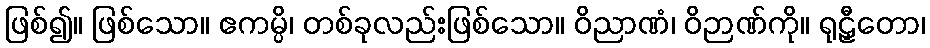
ဖြစ်၍။ ဖြစ်သော။ ဧကမ္ပိ၊ တစ်ခုလည်းဖြစ်သော။ ဝိညာဏံ၊ ဝိဉာဏ်ကို။ ရုဠှီတော၊